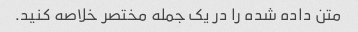
متن داده شده را در یک جمله مختصر خلاصه کنید.